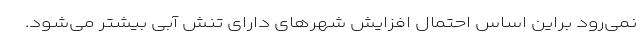
نمی‌رود براین اساس احتمال افزایش شهرهای دارای تنش آبی بیشتر می‌شود.